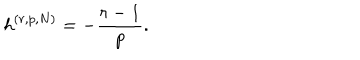
LaTeX: \mathsf { h } ^ { ( r , p , N ) } = - \frac { r - 1 } { p } .